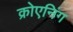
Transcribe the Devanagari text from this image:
क्रोएनिंग